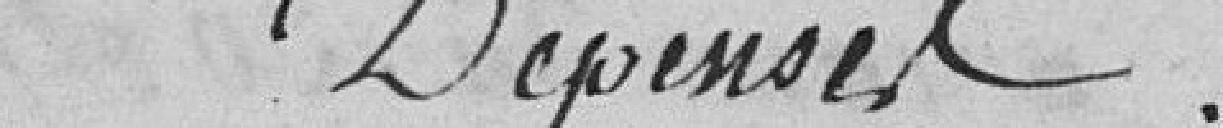
Dépenses